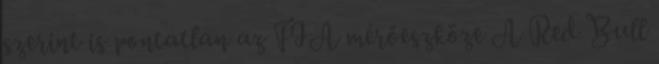
szerint is pontatlan az FIA mérőeszköze A Red Bull